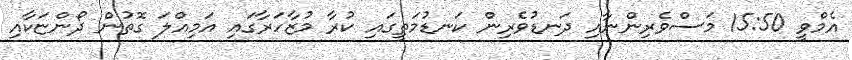
އެމްވީ 15:50 މަސްވެރިންނާއި ދަނޑުވެރިން ކަނޑުމަތީގައި ކުރާ މުޒާހަރާގައި އަމިއްލަ ގޮތުން ދޯންޏަކާއި